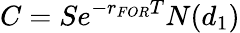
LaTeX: C=Se^{-r_{FOR}T}N(d_{1})